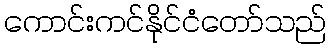
ကောင်းကင်နိုင်ငံတော်သည်